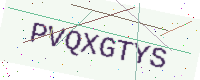
Text: PVQXGTYS